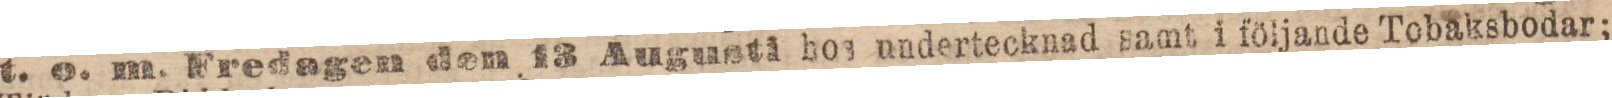
t. o. m. Fredagen den 13 Augusti hos undertecknad samt i följande Tobaksbodar;